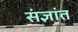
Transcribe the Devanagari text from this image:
संज्ञांत